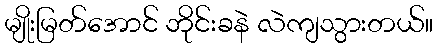
မျိုးမြတ်အောင် ဘိုင်းခနဲ လဲကျသွားတယ်။